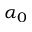
\alpha _ { 0 }